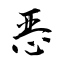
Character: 恶